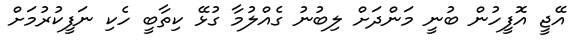
އޭޖީ އޮފީހުން ބުނީ މަންދަށް ލިބުނު ގެއްލުމާ ގުޅޭ ކިތާބީ ހެކި ނަފީކުރުމަށް